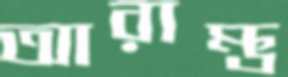
আরাম্ভ